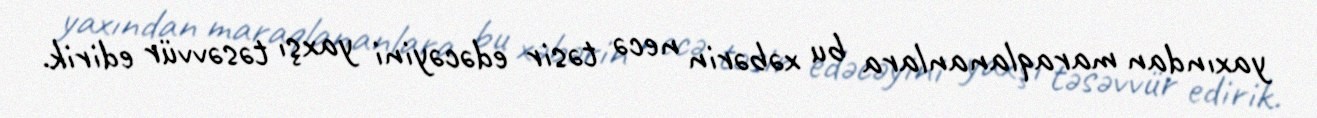
yaxından maraqlananlara bu xəbərin necə təsir edəcəyini yaxşı təsəvvür edirik.